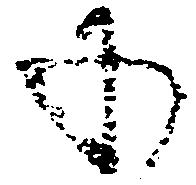
承